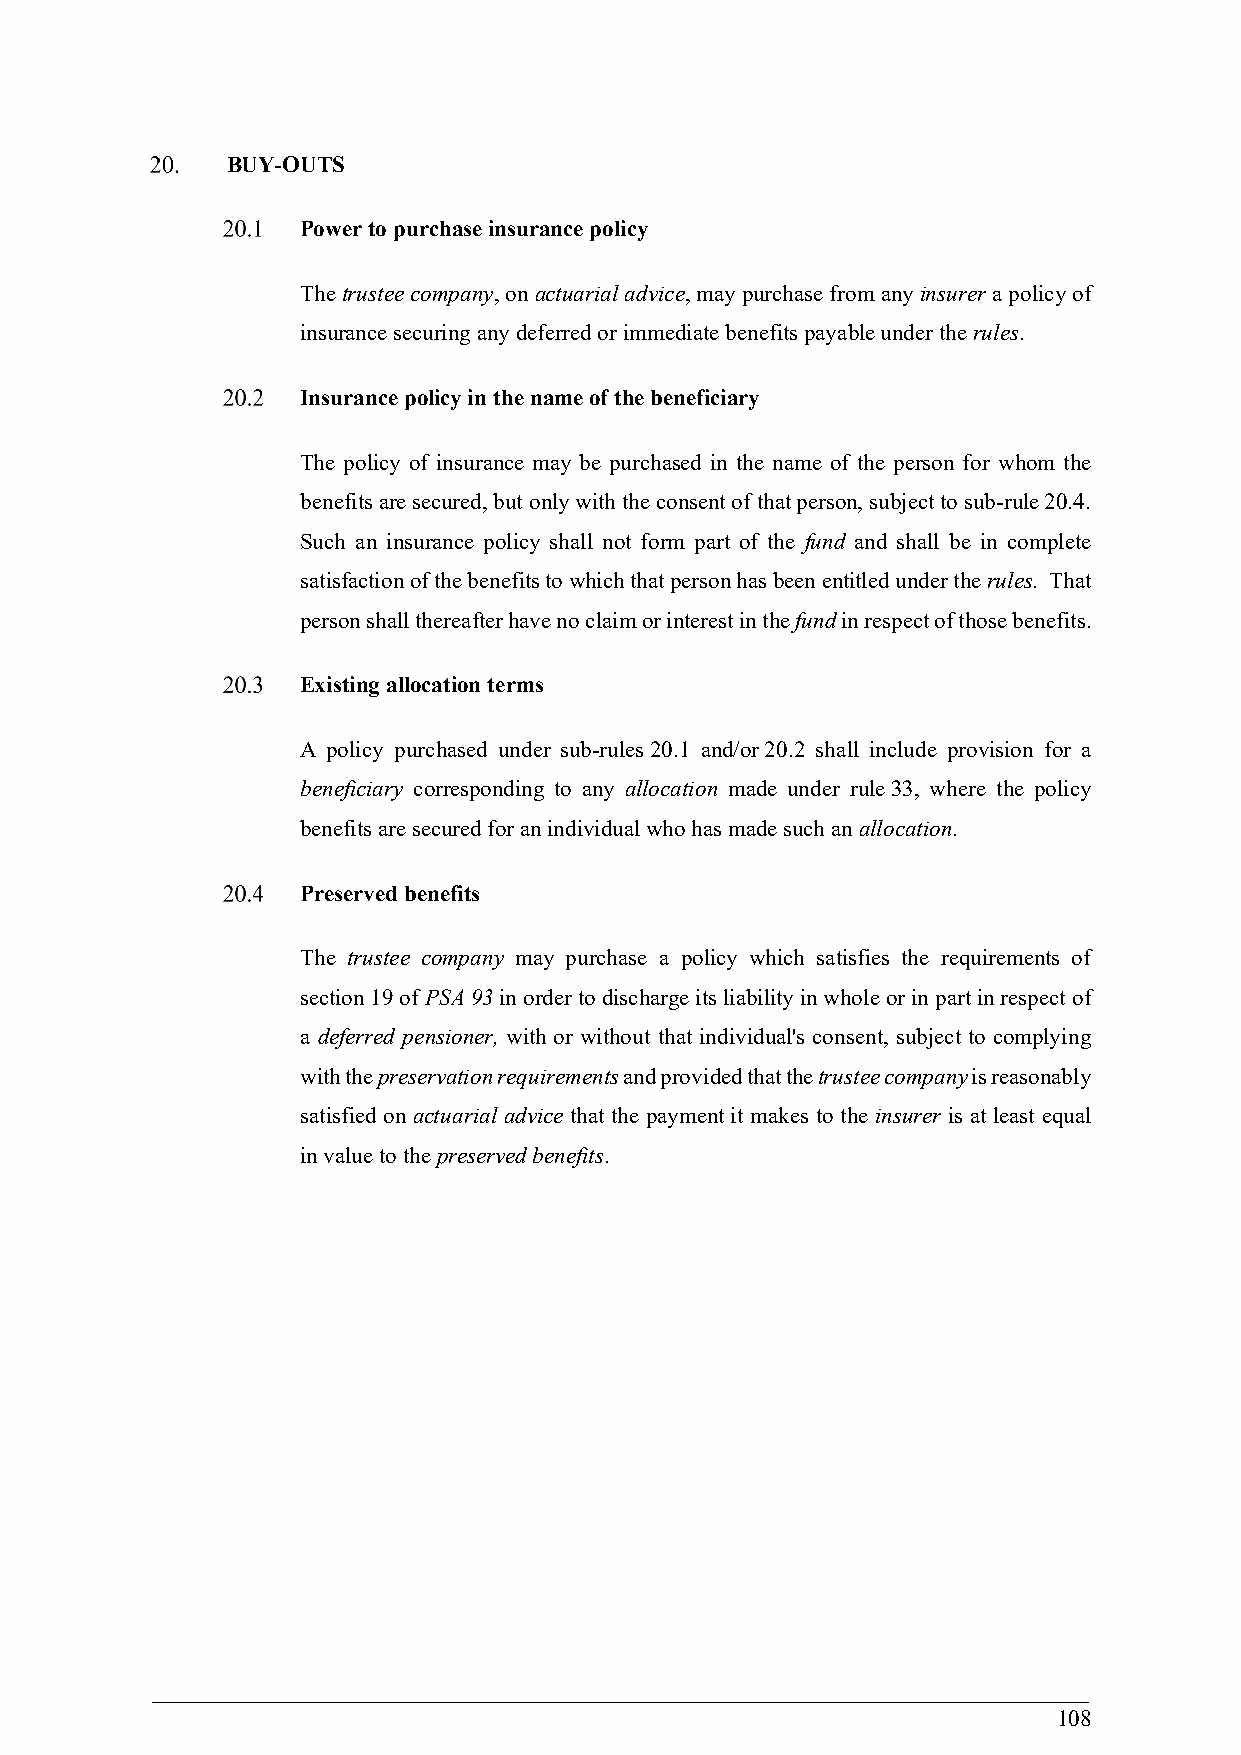
BUY-OUTS
 Power to purchase insurance policy
 The trustee company, on actuarial advice, may purchase from any insurer a policy of
 insurance securing any deferred or immediate benefits payable under the rules.
 Insurance policy in the name of the beneficiary
 The policy of insurance may be purchased in the name of the person for whom the
 benefits are secured, but only with the consent of that person, subject to sub-rule 20.4.
 Such an insurance policy shall not form part of the fund and shall be in complete
 satisfaction of the benefits to which that person has been entitled under the rules. That
 person shall thereafter have no claim or interest in the fund in respect of those benefits.
 Existing allocation terms
 A policy purchased under sub-rules 20.1 and/or 20.2 shall include provision for a
 beneficiary corresponding to any allocation made under rule 33, where the policy
 benefits are secured for an individual who has made such an allocation.
 Preserved benefits
 The trustee company may purchase a policy which satisfies the requirements of
 section 19 of PSA 93 in order to discharge its liability in whole or in part in respect of
 a deferred pensioner, with or without that individual's consent, subject to complying
 with the preservation requirements and provided that the trustee company is reasonably
 satisfied on actuarial advice that the payment it makes to the insurer is at least equal
 in value to the preserved benefits.
 108